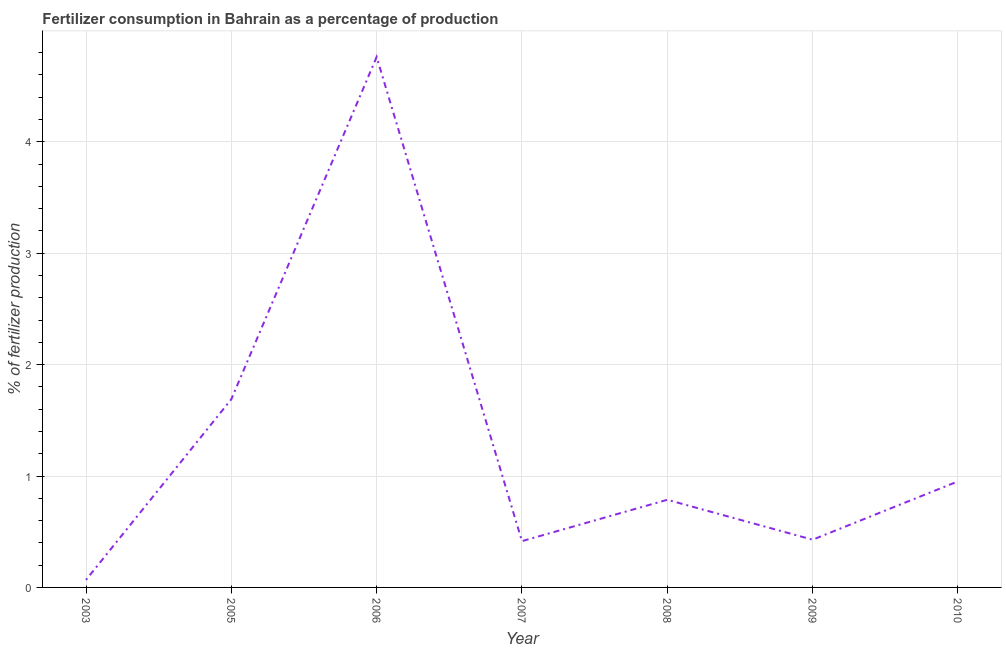
| Year | Fertilizer consumption |
 | --- | --- |
 | 2003 | 0.0675 |
 | 2005 | 1.69 |
 | 2006 | 4.76 |
 | 2007 | 0.416 |
 | 2008 | 0.787 |
 | 2009 | 0.428 |
 | 2010 | 0.952 |